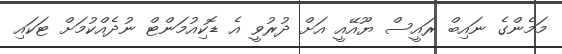
މަމެންގެ ނައިބް ރައީސް ޔޫއޭއީ އަށް ދުރުވީ އެ ޑޮކިއުމަންޓް ނުދެއްކުމަށް ޓަކައި